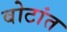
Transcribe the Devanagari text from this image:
बोटांत